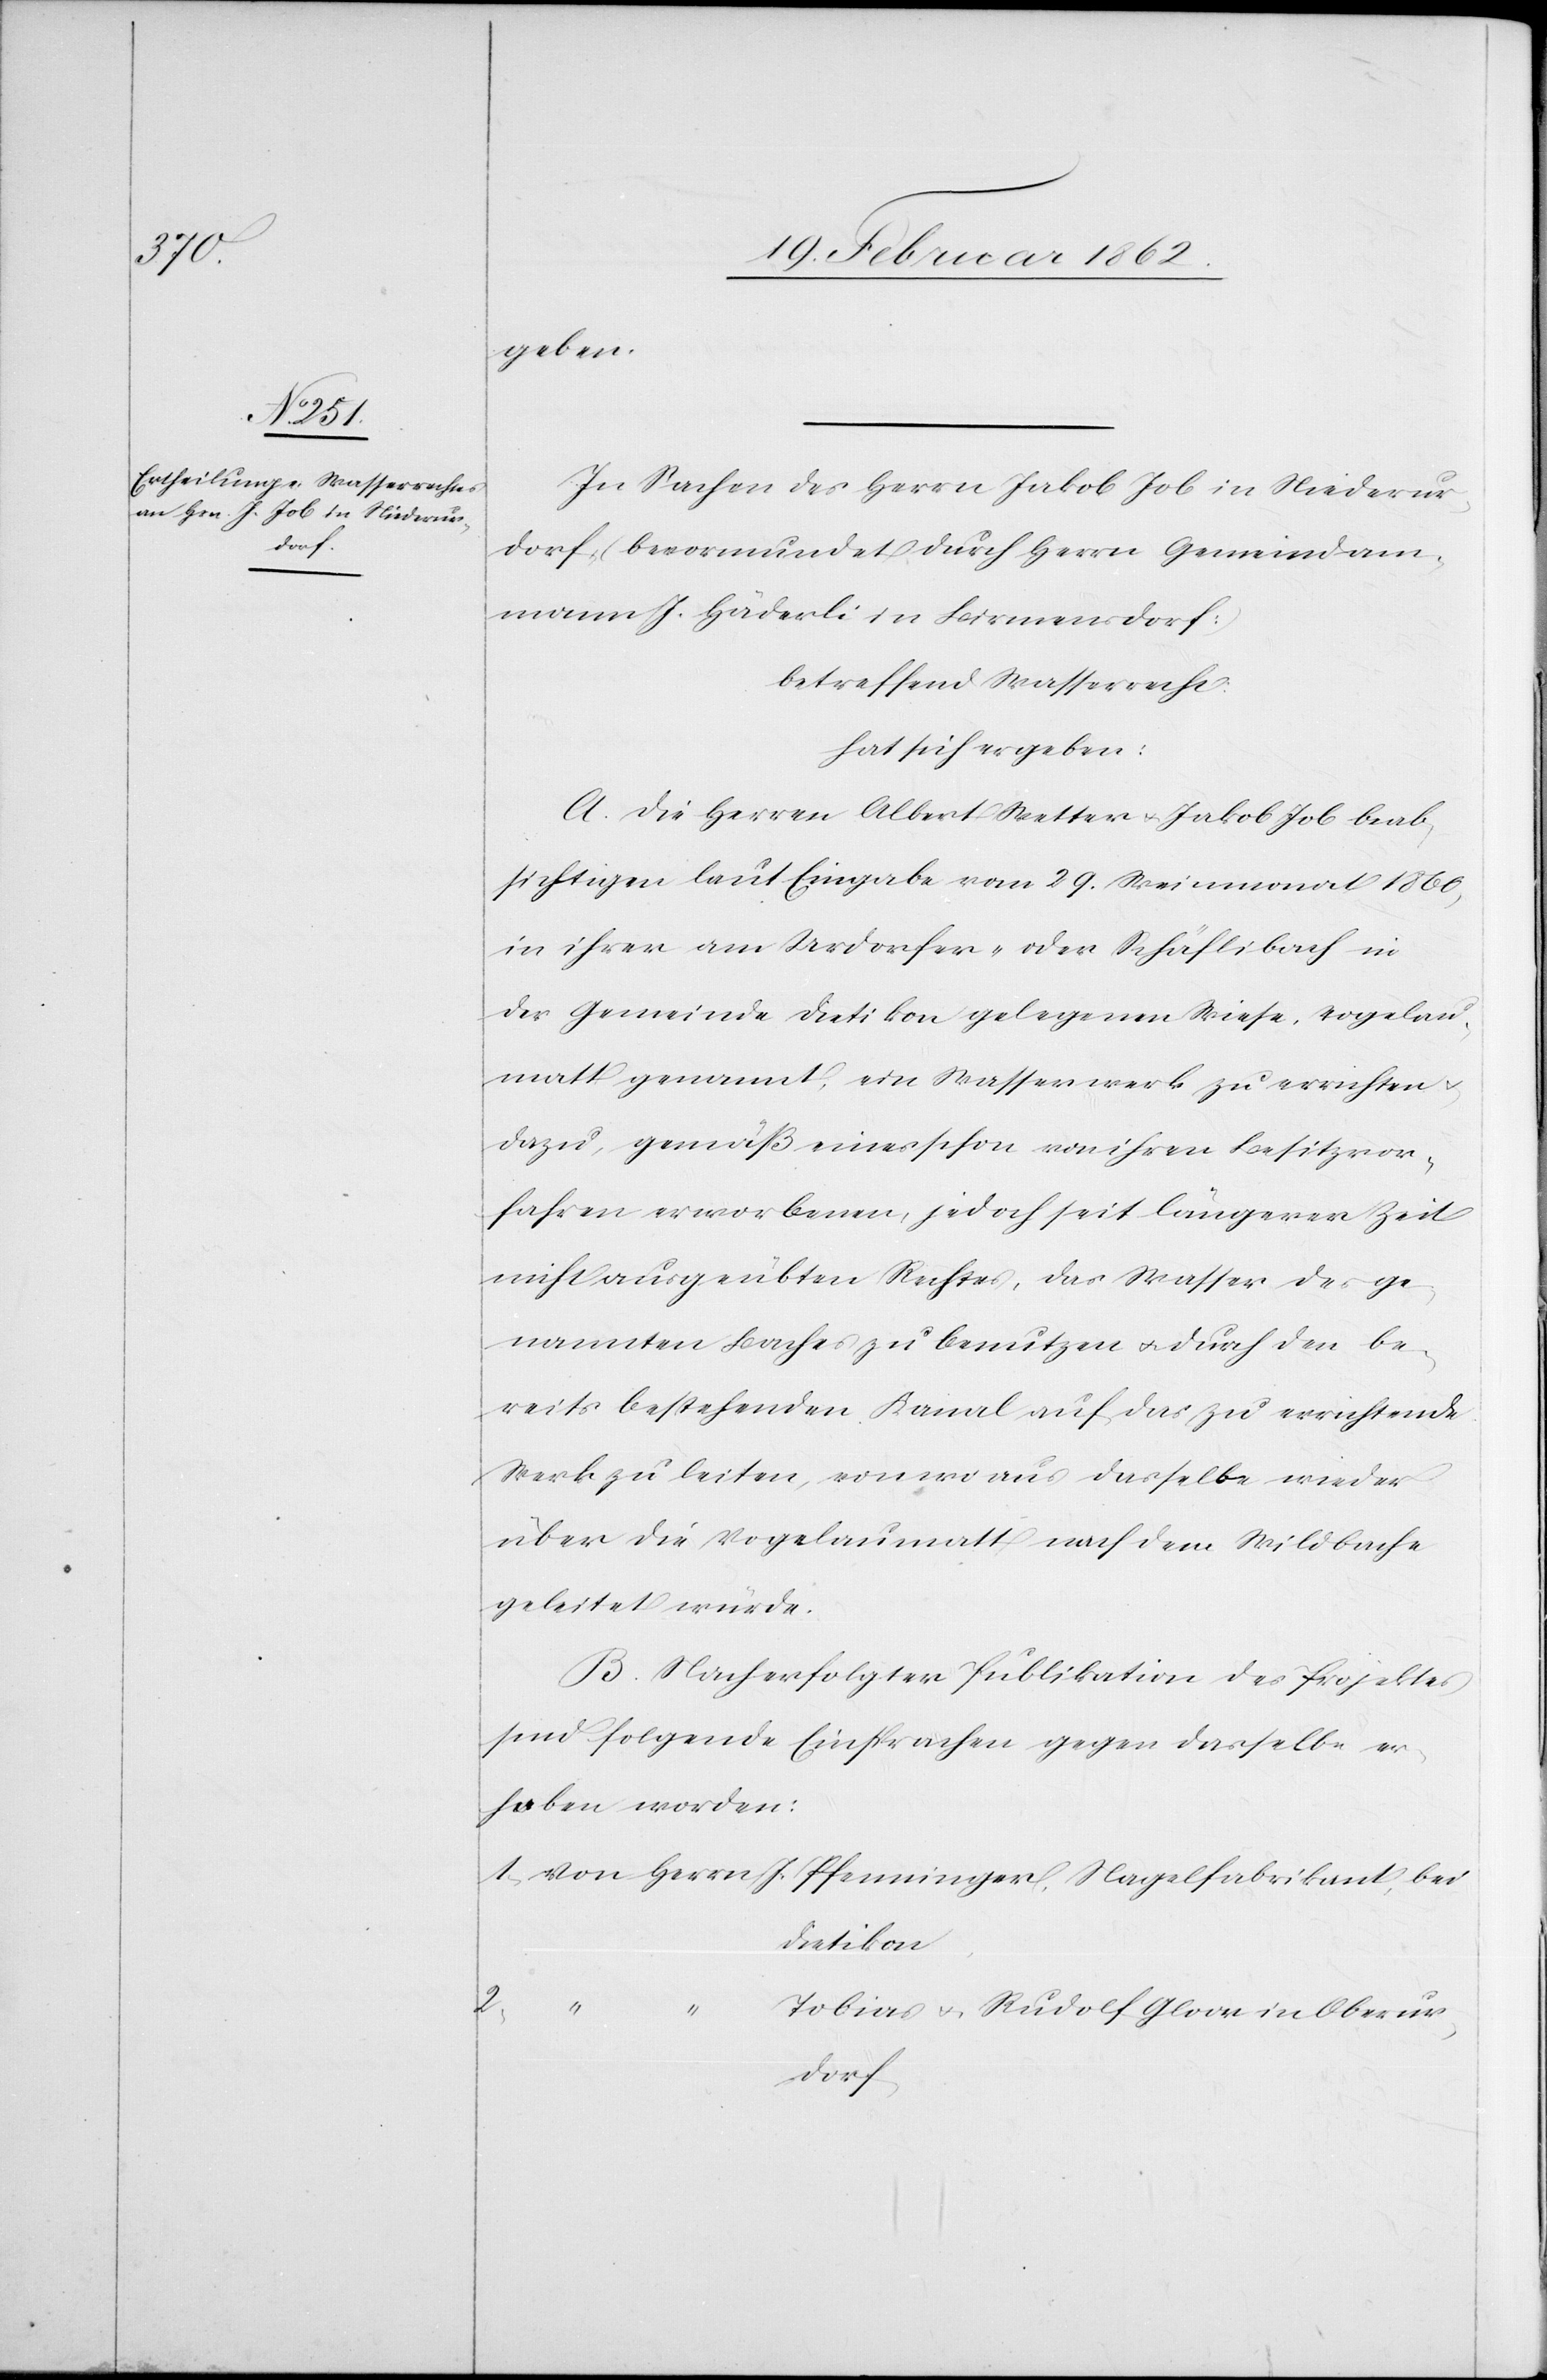
geben.
In Sachen des Herrn Jakob Job in Niederur¬
dorf (bevormundet durch Herrn Gemeindam¬
mann J. Häderli in Birmensdorf:)
betreffend Wasserrecht:
hat sich ergeben:
A. Die Herren Albert Wetter u. Jakob Job beab¬
sichtigen laut Eingabe vom 29. Weinmonat 1860,
in ihrer am Urdorfer- oder Schäflibach in
der Gemeinde Dietikon gelegenen Wiese, Vogelau¬
matt genannt, ein Wasserwerk zu errichten u.
dazu, gemäß eines schon von ihren Besitzvor¬
fahren erworbenen, jedoch seit längerer Zeit
nicht ausgeübten Rechtes, das Wasser des ge¬
nannten Baches zu benutzen u. durch den be¬
reits bestehenden Kanal auf das zu errichtende
Werk zu leiten, von wo aus dasselbe wieder
über die Vogelaumatt nach dem Wildbache
geleitet würde.
B. Nach erfolgter Publikation des Projektes
sind folgende Einsprachen gegen dasselbe er¬
hoben worden:
1) Von Herrn J. Pfenninger, Nagelfabrikant, bei
Dietikon,
2)
Tobias u. Rudolf Gloor in Oberur¬
dorf,